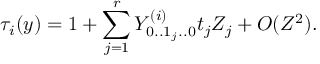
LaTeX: \tau _ { i } ( y ) = 1 + \sum _ { j = 1 } ^ { r } Y _ { 0 . . 1 _ { j } . . 0 } ^ { ( i ) } t _ { j } Z _ { j } + O ( Z ^ { 2 } ) .